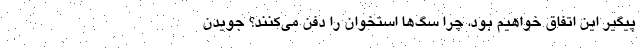
پیگیر این اتفاق خواهیم بود. چرا سگ‌ها استخوان‌ را دفن می‌کنند؟ جویدن